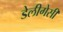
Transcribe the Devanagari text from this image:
डेलीगेसी